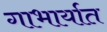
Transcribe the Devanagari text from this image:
गाभार्यात